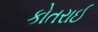
કોતરાઈ